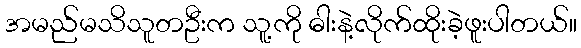
အမည်မသိသူတဦးက သူ့ကို ဓါးနဲ့လိုက်ထိုးခဲ့ဖူးပါတယ်။